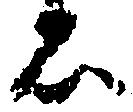
石